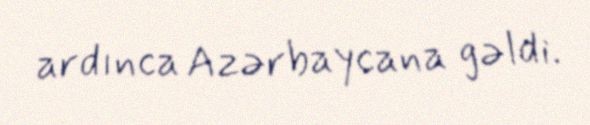
ardınca Azərbaycana gəldi.